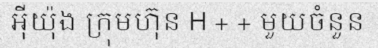
អ៊ីយ៉ុង ក្រុមហ៊ុន H + + មួយចំនួន